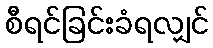
စီရင်ခြင်းခံရလျှင်